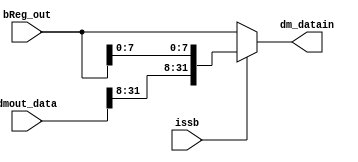
module dmin(bReg_out, dmout_data, issb, dm_datain);
  input [31:0] bReg_out;
  input [31:0] dmout_data;
  input issb;
  output reg [31:0] dm_datain;
  
  always@(*)
  begin
    if(issb == 1)
      begin
        dm_datain = {{24{dmout_data[31:8]}}, bReg_out[7:0]};
      end
    else
      begin
        dm_datain = bReg_out;
      end
  end
  
endmodule